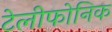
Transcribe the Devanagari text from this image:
टेलीफोनिक